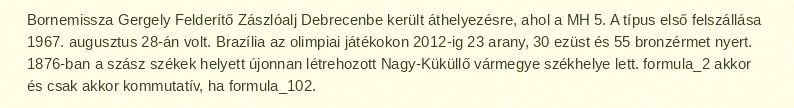
Bornemissza Gergely Felderítő Zászlóalj Debrecenbe került áthelyezésre, ahol a MH 5. A típus első felszállása 1967. augusztus 28-án volt. Brazília az olimpiai játékokon 2012-ig 23 arany, 30 ezüst és 55 bronzérmet nyert. 1876-ban a szász székek helyett újonnan létrehozott Nagy-Küküllő vármegye székhelye lett. formula_2 akkor és csak akkor kommutatív, ha formula_102.